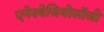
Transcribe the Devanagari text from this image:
एनेस्थेजियोलॉजी